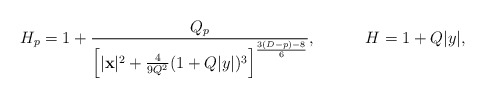
\begin{align*}H_p=1+{{Q_p}\over{\left[|{\bf x}|^2+{4\over{9Q^2}}(1+Q|y|)^3\right]^{{3(D-p)-8}\over 6}}},\ \ \ \ \ \ \ \ \ H=1+Q|y|,\end{align*}